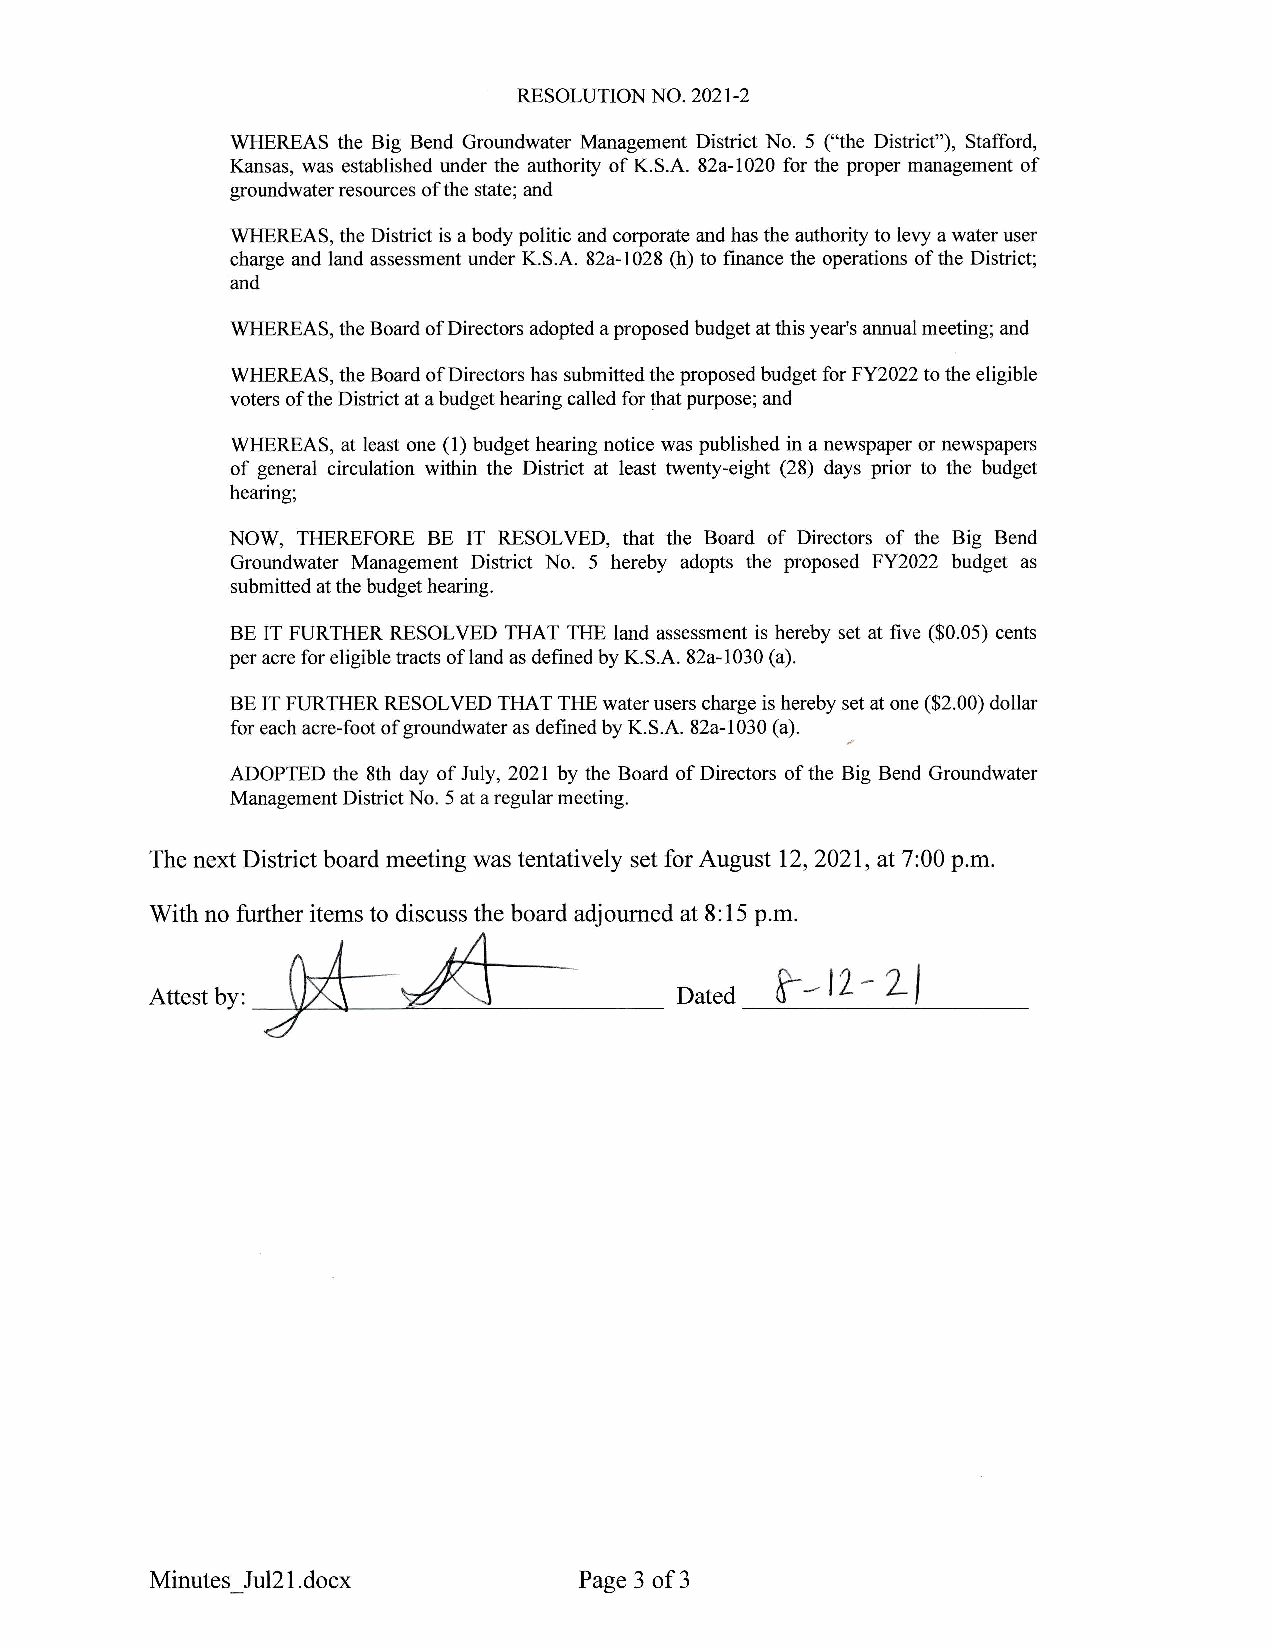
RESOLUTION NO. 2021-2
 WHEREAS the Big Bend Groundwater Management District No. 5 ("the District"), Stafford,
 Kansas, was established under the authority of K.S.A. 82a-1020 for the proper management of
 groundwater resources of the state; and
 WHEREAS, the District is a body politic and corporate and has the authority to levy a water user
 charge and land assessment under K.S.A. 82a-l 028 (h) to finance the operations of the District;
 and
 WHEREAS, the Board of Directors adopted a proposed budget at this year's annual meeting; and
 WHEREAS, the Board of Directors has submitted the proposed budget for FY2022 to the eligible
 voters of the District at a budget hearing called for that purpose; and
 WHEREAS, at least one (1) budget hearing notice was published in a newspaper or newspapers
 of general circulation within the District at least twenty-eight (28) days prior to the budget
 hearing;
 NOW, THEREFORE BE IT RESOLVED, that the Board of Directors of the Big Bend
 Groundwater Management District No. 5 hereby adopts the proposed FY2022 budget as
 submitted at the budget hearing.
 BE IT FURTHER RESOLVED THAT THE land assessment is hereby set at five ($0.05) cents
 per acre for eligible tracts ofland as defined by K.S.A. 82a-l 030 (a).
 BE IT FURTHER RESOLVED THAT THE water users charge is hereby set at one ($2.00) dollar
 for each acre-foot of groundwater as defmed by K.S.A. 82a-1030 (a).
 ADOPTED the 8th day of July, 2021 by the Board of Directors of the Big Bend Groundwater
 Management District No. 5 at a regular meeting.
 The next District board meeting was tentatively set for August 12, 2021, at 7:00 p.m.
 With no further items to discuss the board adjourned at 8:15 p.m.
 A      -
 ~
 Attest by:
 Minutes Jul21.docx          Page 3of3